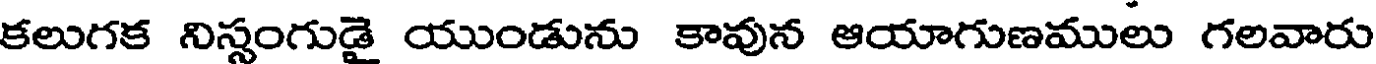
కలుగక నిస్తంగుడై యుండును కావున ఆయాగుణములు గలవారు